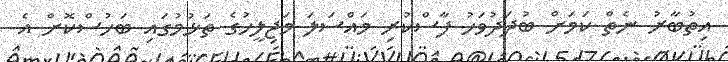
އިތުބާރު ނެތް ކަމަށް ބުދަދުވަހު ފާސްކުރި މައްސަލަ މަޖިލީހުގެ ތަޅުމުގައި ބަހުސްކޮށް އެ